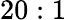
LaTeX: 20:1